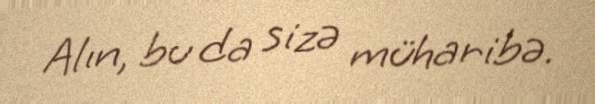
Alın, bu da sizə müharibə.